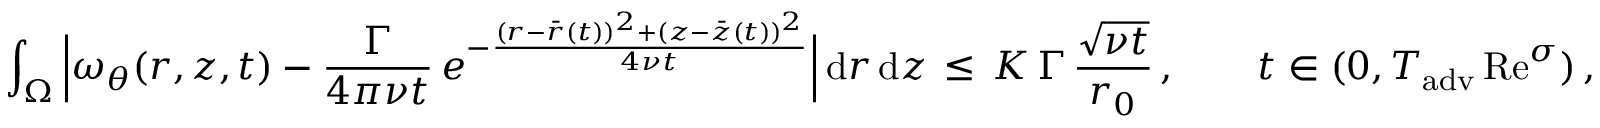
\int _ { \Omega } \, \Bigl | \omega _ { \theta } ( r , z , t ) - \frac { \Gamma } { 4 \pi \nu t } \, e ^ { - \frac { ( r - \bar { r } ( t ) ) ^ { 2 } + ( z - \bar { z } ( t ) ) ^ { 2 } } { 4 \nu t } } \Bigr | \, \mathrm { d } r \, \mathrm { d } z \, \le \, K \, \Gamma \, \frac { \sqrt { \nu t } } { r _ { 0 } } \, , \qquad t \in ( 0 , T _ { \mathrm { a d v } } \, \mathrm { R e } ^ { \sigma } ) \, ,